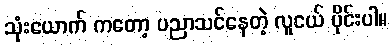
သုံးယောက် ကတော့ ပညာသင်နေတဲ့ လူငယ် ပိုင်းပါ။